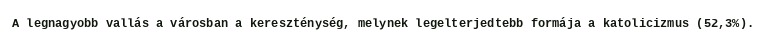
A legnagyobb vallás a városban a kereszténység, melynek legelterjedtebb formája a katolicizmus (52,3%).